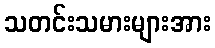
သတင်းသမားများအား